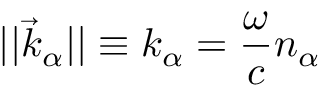
| | \vec { k } _ { \alpha } | | \equiv k _ { \alpha } = \frac { \omega } { c } n _ { \alpha }